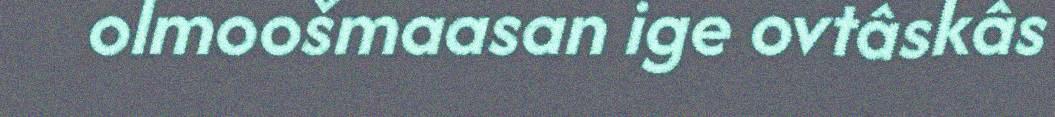
olmoošmaasan ige ovtâskâs